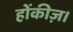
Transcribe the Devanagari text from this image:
होंकीज़।